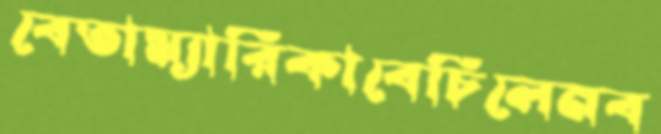
বেতাম্যারিকাবেচিলেনব